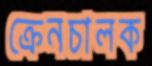
ক্রেনচালক